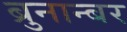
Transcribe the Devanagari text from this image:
ब्रुनान्बर